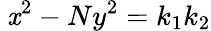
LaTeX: \ \mathit{x}^{2}-Ny^{2}=k_{1}k_{2}